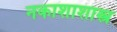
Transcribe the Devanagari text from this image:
नकाशाशास्त्र